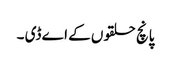
پانچ حلقوں کے اے ڈی ۔